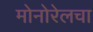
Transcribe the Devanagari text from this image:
मोनोरेलचा